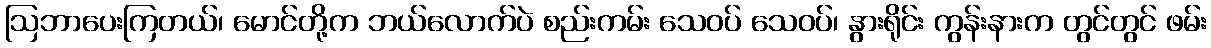
ဩဘာပေးကြတယ်၊ မောင်တို့က ဘယ်လောက်ပဲ စည်းကမ်း သေဝပ် သေဝပ်၊ နွားရိုင်း ကွန်းနားက တွင်တွင် ဖမ်း